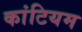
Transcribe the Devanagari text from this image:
कांटियम